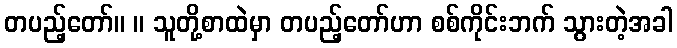
တပည့်တော်။ ။ သူတို့စာထဲမှာ တပည့်တော်ဟာ စစ်ကိုင်းဘက် သွားတဲ့အခါ